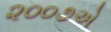
૨૦૦૭એ